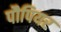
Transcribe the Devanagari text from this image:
पौपियर